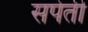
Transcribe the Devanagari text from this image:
सपेती